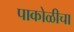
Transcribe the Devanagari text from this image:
पाकोळीचा